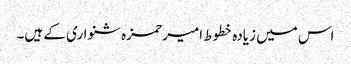
اس میں زیادہ خطوط امیر حمزہ شنواری کے ہیں۔